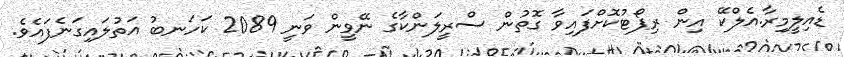
ޑެއިލީމިރާ.އެލްކޭ އިން ރިޕޯޓުކޮށްފައިވާ ގޮތުން ސްރީލަންކާގެ ނޭވީން ވަނީ 2089 ކަހަނބު އަތުލައިގަނެފައެވެ.